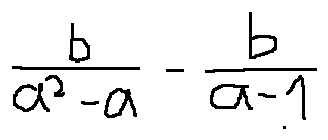
\frac { b } { a ^ { 2 } - a } - \frac { b } { a - 1 }